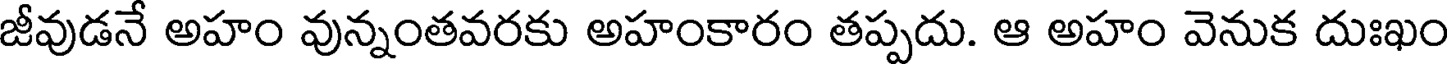
జీవుడనే అహం వున్నంతవరకు అహంకారం తప్పదు. ఆ అహం వెనుక దుఃఖం